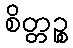
စိတ္တဉ္စ